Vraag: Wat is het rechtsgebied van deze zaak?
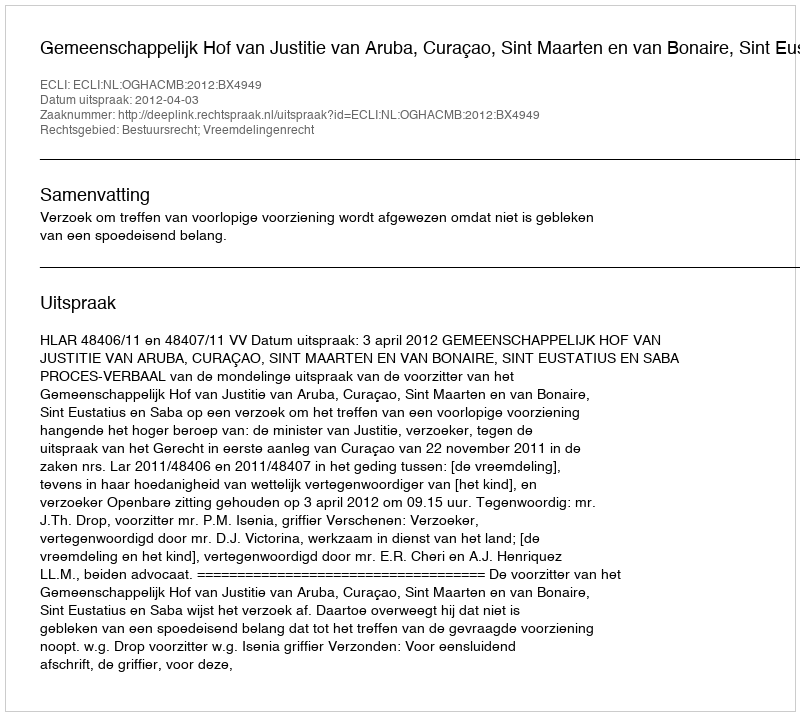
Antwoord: Bestuursrecht; Vreemdelingenrecht